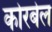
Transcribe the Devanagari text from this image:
कोरबेल